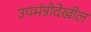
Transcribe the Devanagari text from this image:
उपमंत्रीदेखील